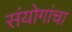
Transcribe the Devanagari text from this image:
संयोगांचा